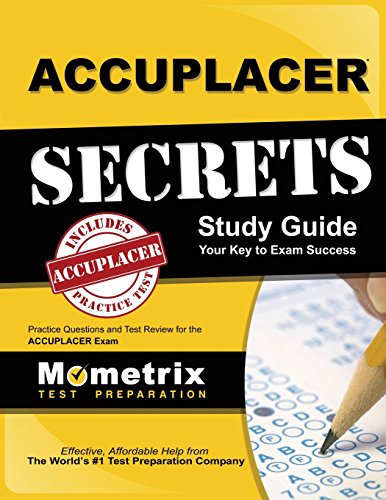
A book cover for ACCUPLACER Secrets Study Guide: Practice Questions and Test Review for the ACCUPLACER Exam; ACCUPLACER Exam Secrets Test Prep Staff; Test Preparation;